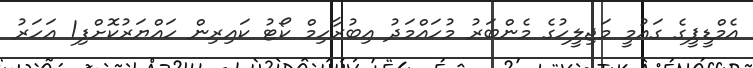
އެމްޑީޕީގެ ގައުމީ މަޖިލީހުގެ މެންބަރު މުހައްމަދު އިބުރާހިމް ކޯޓު ކައިރިން ހައްޔަރުކޮށްފި1 އަހަރު